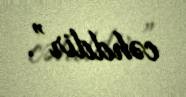
cəhddir”.